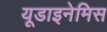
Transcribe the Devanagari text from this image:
यूडाइनेमिस